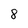
Character: 8